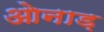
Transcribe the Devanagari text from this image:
ओनाड़